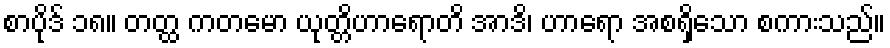
စာပိုဒ် ၁၈။ တတ္ထ ကတမော ယုတ္တိဟာရောတိ အာဒိ၊ ဟာရော အစရှိသော စကားသည်။